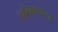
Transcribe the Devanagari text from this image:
कालिकणाच्या